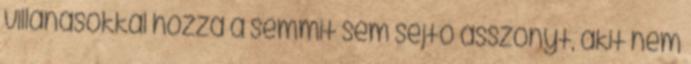
villanásokkal hozza a semmit sem sejtő asszonyt, akit nem